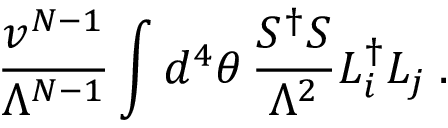
\frac { v ^ { N - 1 } } { \Lambda ^ { N - 1 } } \int d ^ { 4 } \theta \, \frac { S ^ { \dag } S } { \Lambda ^ { 2 } } L _ { i } ^ { \dag } L _ { j } \; .